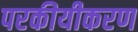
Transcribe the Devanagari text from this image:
परकीयीकरण